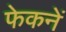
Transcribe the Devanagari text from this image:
फेकनें